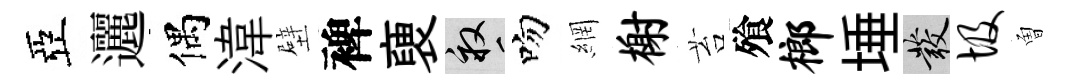
亞邐偶湋壁裨褏畝吻網榭苔飱榔埵發圾曽